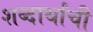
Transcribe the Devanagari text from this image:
शब्दार्थांची